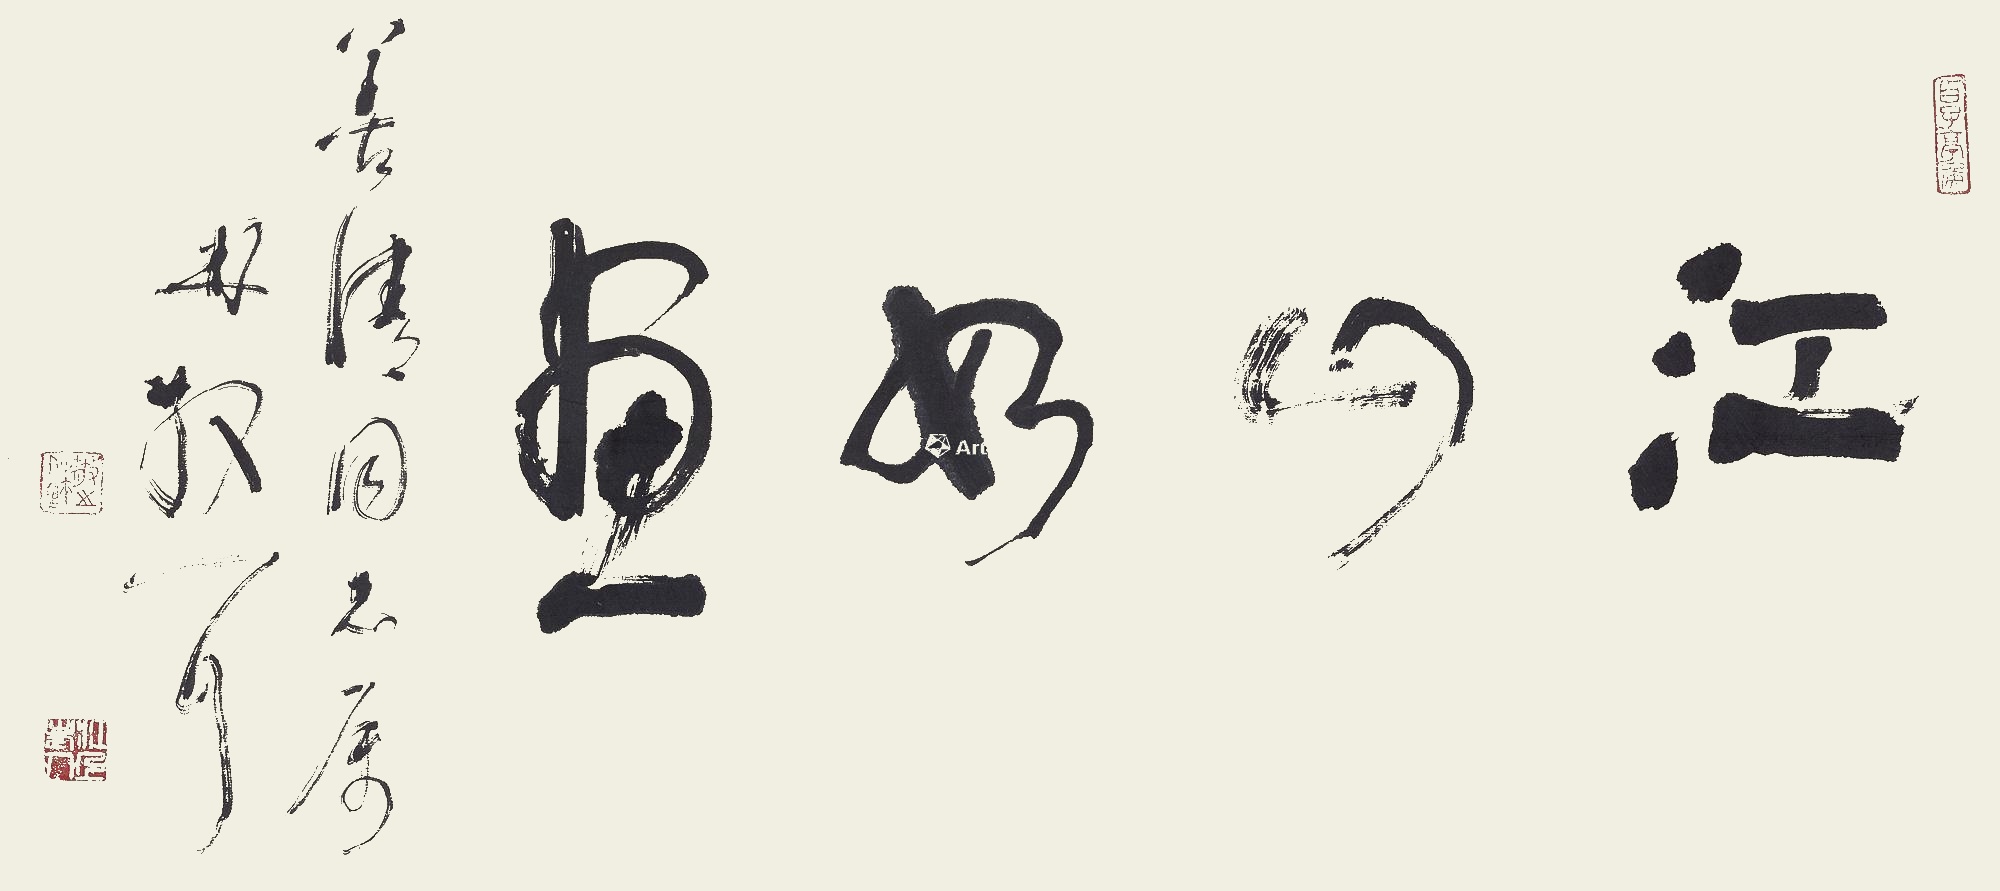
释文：江山如画。善清同志属，林散耳。